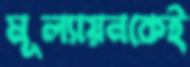
মূল্যায়নকেই